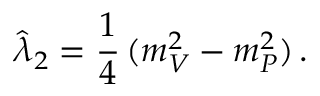
\hat { \lambda } _ { 2 } = { \frac { 1 } { 4 } } \, ( m _ { V } ^ { 2 } - m _ { P } ^ { 2 } ) \, .